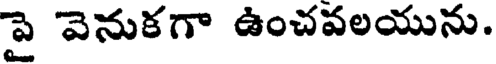
పై వెనుకగా ఉంచవలయును.